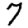
Digit: 7